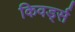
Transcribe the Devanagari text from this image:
किवर्ड्स